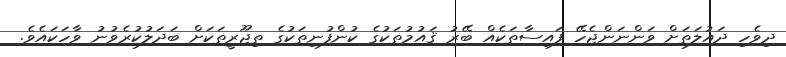
ދިވެހި ދައުލަތަށް ވަންނަންޖެހޭ ފައިސާތަކެއް ބޭރު ޤައުމުތަކުގެ ކުންފުނިތަކުގެ ތިޖޫރީތަކަށް ބަދަލުކުރެވުނު ވާހަކައެވެ.